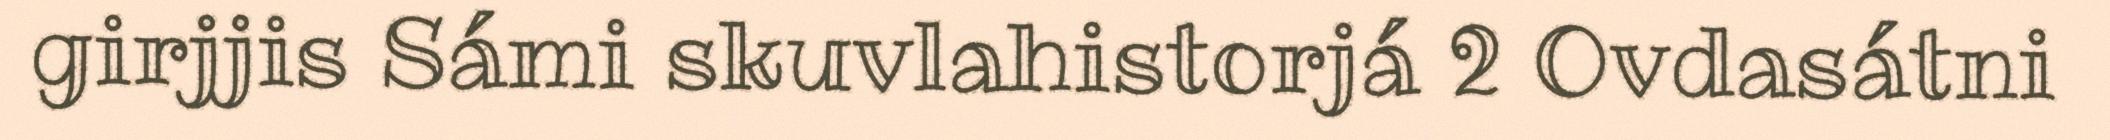
girjjis Sámi skuvlahistorjá 2 Ovdasátni